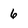
Character: 6